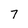
Character: 7